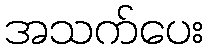
အသက်ပေး